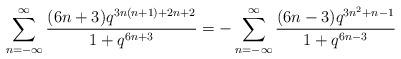
LaTeX: \begin{align*}\sum_{n=-\infty}^\infty \frac{(6n+3)q^{3n(n+1)+2n+2}}{1+q^{6n+3}}=-\sum_{n=-\infty}^\infty \frac{(6n-3)q^{3n^2+n-1}}{1+q^{6n-3}}\end{align*}